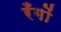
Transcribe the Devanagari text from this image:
रँगों